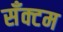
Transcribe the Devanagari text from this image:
सँक्टम